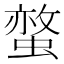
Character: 𧏅